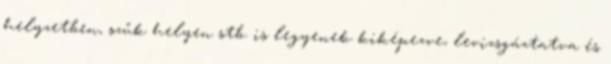
helyzetben, szűk helyen stb. is legyenek kiképezve, levizsgáztatva és